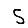
Digit: 5